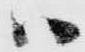
ハ